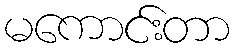
မကောင်းတာ